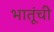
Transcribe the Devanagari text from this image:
भातूंची